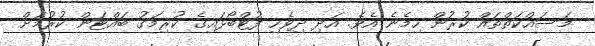
މަސައްކަތްތައް ކުރުން ހިމެނެ އެވެ. އަދި ދިވެހި ފުޓްބޯޅައިގެ ކުރިމަގު ބައްޓަން ކުރުމަށް